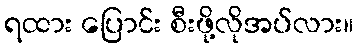
ရထား ပြောင်း စီးဖို့လိုအပ်လား။